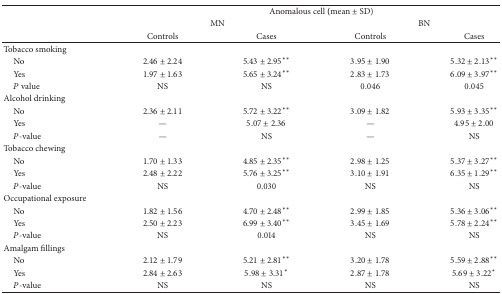
<table><thead><tr><td><b> </b></td><td colspan="4"><b> Anomalous cell (mean ± SD)</b></td></tr><tr><td><b> </b></td><td colspan="2"><b>MN</b></td><td colspan="2"><b>BN</b></td></tr><tr><td><b> </b></td><td><b>Controls</b></td><td><b>Cases</b></td><td><b> Controls</b></td><td><b> Cases</b></td></tr></thead><tbody><tr><td>Tobacco smoking</td><td> </td><td> </td><td> </td><td> </td></tr><tr><td> No</td><td>2.46 ± 2.24</td><td>5.43 ± 2.95**</td><td>3.95 ± 1.90</td><td>5.32 ± 2.13**</td></tr><tr><td> Yes</td><td>1.97 ± 1.63</td><td>5.65 ± 3.24**</td><td>2.83 ± 1.73</td><td>6.09 ± 3.97**</td></tr><tr><td> <i>P</i> value</td><td>NS</td><td>NS</td><td>0.046</td><td>0.045</td></tr><tr><td>Alcohol drinking</td><td> </td><td> </td><td> </td><td> </td></tr><tr><td> No</td><td>2.36 ± 2.11</td><td>5.72 ± 3.22**</td><td>3.09 ± 1.82</td><td>5.93 ± 3.35**</td></tr><tr><td> Yes</td><td>—</td><td>5.07 ± 2.36</td><td>—</td><td>4.95 ± 2.00</td></tr><tr><td> <i>P</i>-value</td><td>—</td><td>NS</td><td>—</td><td>NS</td></tr><tr><td>Tobacco chewing</td><td> </td><td> </td><td> </td><td> </td></tr><tr><td> No</td><td>1.70 ± 1.33</td><td>4.85 ± 2.35**</td><td>2.98 ± 1.25</td><td>5.37 ± 3.27**</td></tr><tr><td> Yes</td><td>2.48 ± 2.22</td><td>5.76 ± 3.25**</td><td>3.10 ± 1.91</td><td>6.35 ± 1.29**</td></tr><tr><td> <i>P</i>-value</td><td>NS</td><td>0.030</td><td>NS</td><td>NS</td></tr><tr><td>Occupational exposure</td><td> </td><td> </td><td> </td><td> </td></tr><tr><td> No</td><td>1.82 ± 1.56</td><td>4.70 ± 2.48**</td><td>2.99 ± 1.85</td><td>5.36 ± 3.06**</td></tr><tr><td> Yes</td><td>2.50 ± 2.23</td><td>6.99 ± 3.40**</td><td>3.45 ± 1.69</td><td>5.78 ± 2.24**</td></tr><tr><td> <i>P</i>-value</td><td>NS</td><td>0.014</td><td>NS</td><td>NS</td></tr><tr><td>Amalgam fillings</td><td> </td><td> </td><td> </td><td> </td></tr><tr><td> No</td><td>2.12 ± 1.79</td><td>5.21 ± 2.81**</td><td>3.20 ± 1.78</td><td>5.59 ± 2.88**</td></tr><tr><td> Yes</td><td>2.84 ± 2.63</td><td>5.98 ± 3.31*</td><td>2.87 ± 1.78</td><td>5.69 ± 3.22*</td></tr><tr><td> <i>P</i>-value</td><td>NS</td><td>NS</td><td>NS</td><td>NS</td></tr></tbody></table>